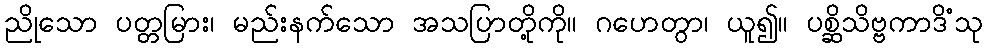
ညိုသော ပတ္တမြား၊ မည်းနက်သော အသပြာတို့ကို။ ဂဟေတွာ၊ ယူ၍။ ပစ္ဆိသိဗ္ဗကာဒိံသု